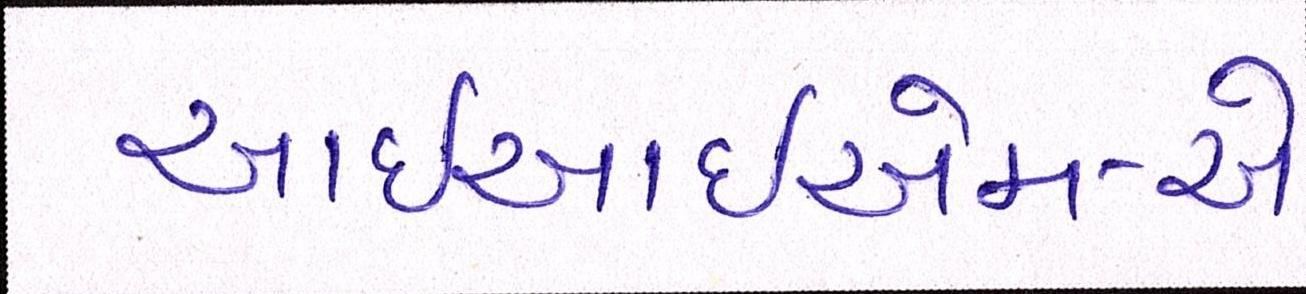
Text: આઇઆઇએમ-એ